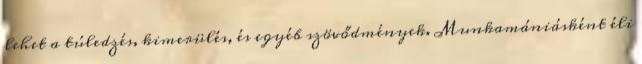
lehet a túledzés, kimerülés, és egyéb szövődmények. Munkamániásként éli